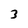
Character: 3